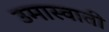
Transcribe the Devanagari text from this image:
उमास्वाती